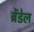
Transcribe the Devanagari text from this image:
ब्रेंडेल